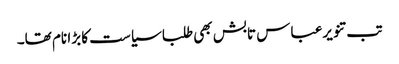
تب تنویرعباس تابش بھی طلبا سیاست کا بڑا نام تھا۔